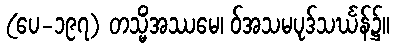
(ပေ-၁၉၇) တသ္မိံအဿမေ၊ ဝ်အသမပုဒ်သင်္ဃန်၌။